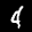
Label: 4